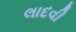
લાદવી